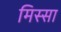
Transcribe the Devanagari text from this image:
मिस्सा